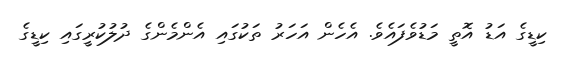
ކިޑީގެ އަޑު އޮތީ މަޑުވެފައެވެ. އެހެން އަހަރު ތަކުގައި އެންމެންގެ ދުލުކުރީގައި ކިޑީގެ